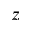
z